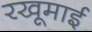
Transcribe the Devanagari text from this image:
रखूमाई